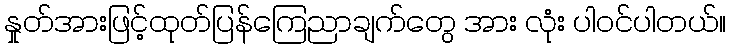
နှုတ်အားဖြင့်ထုတ်ပြန်ကြေညာချက်တွေ အား လုံး ပါဝင်ပါတယ်။